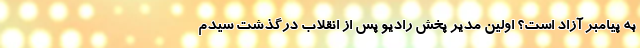
به پیامبر آزاد است؟ اولین مدیر پخش رادیو پس از انقلاب درگذشت سیدم